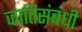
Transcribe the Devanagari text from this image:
जातिसंबंधी